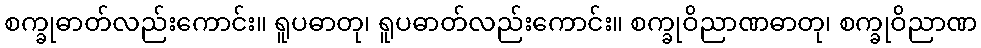
စက္ခုဓာတ်လည်းကောင်း။ ရူပဓာတု၊ ရူပဓာတ်လည်းကောင်း။ စက္ခုဝိညာဏဓာတု၊ စက္ခုဝိညာဏ